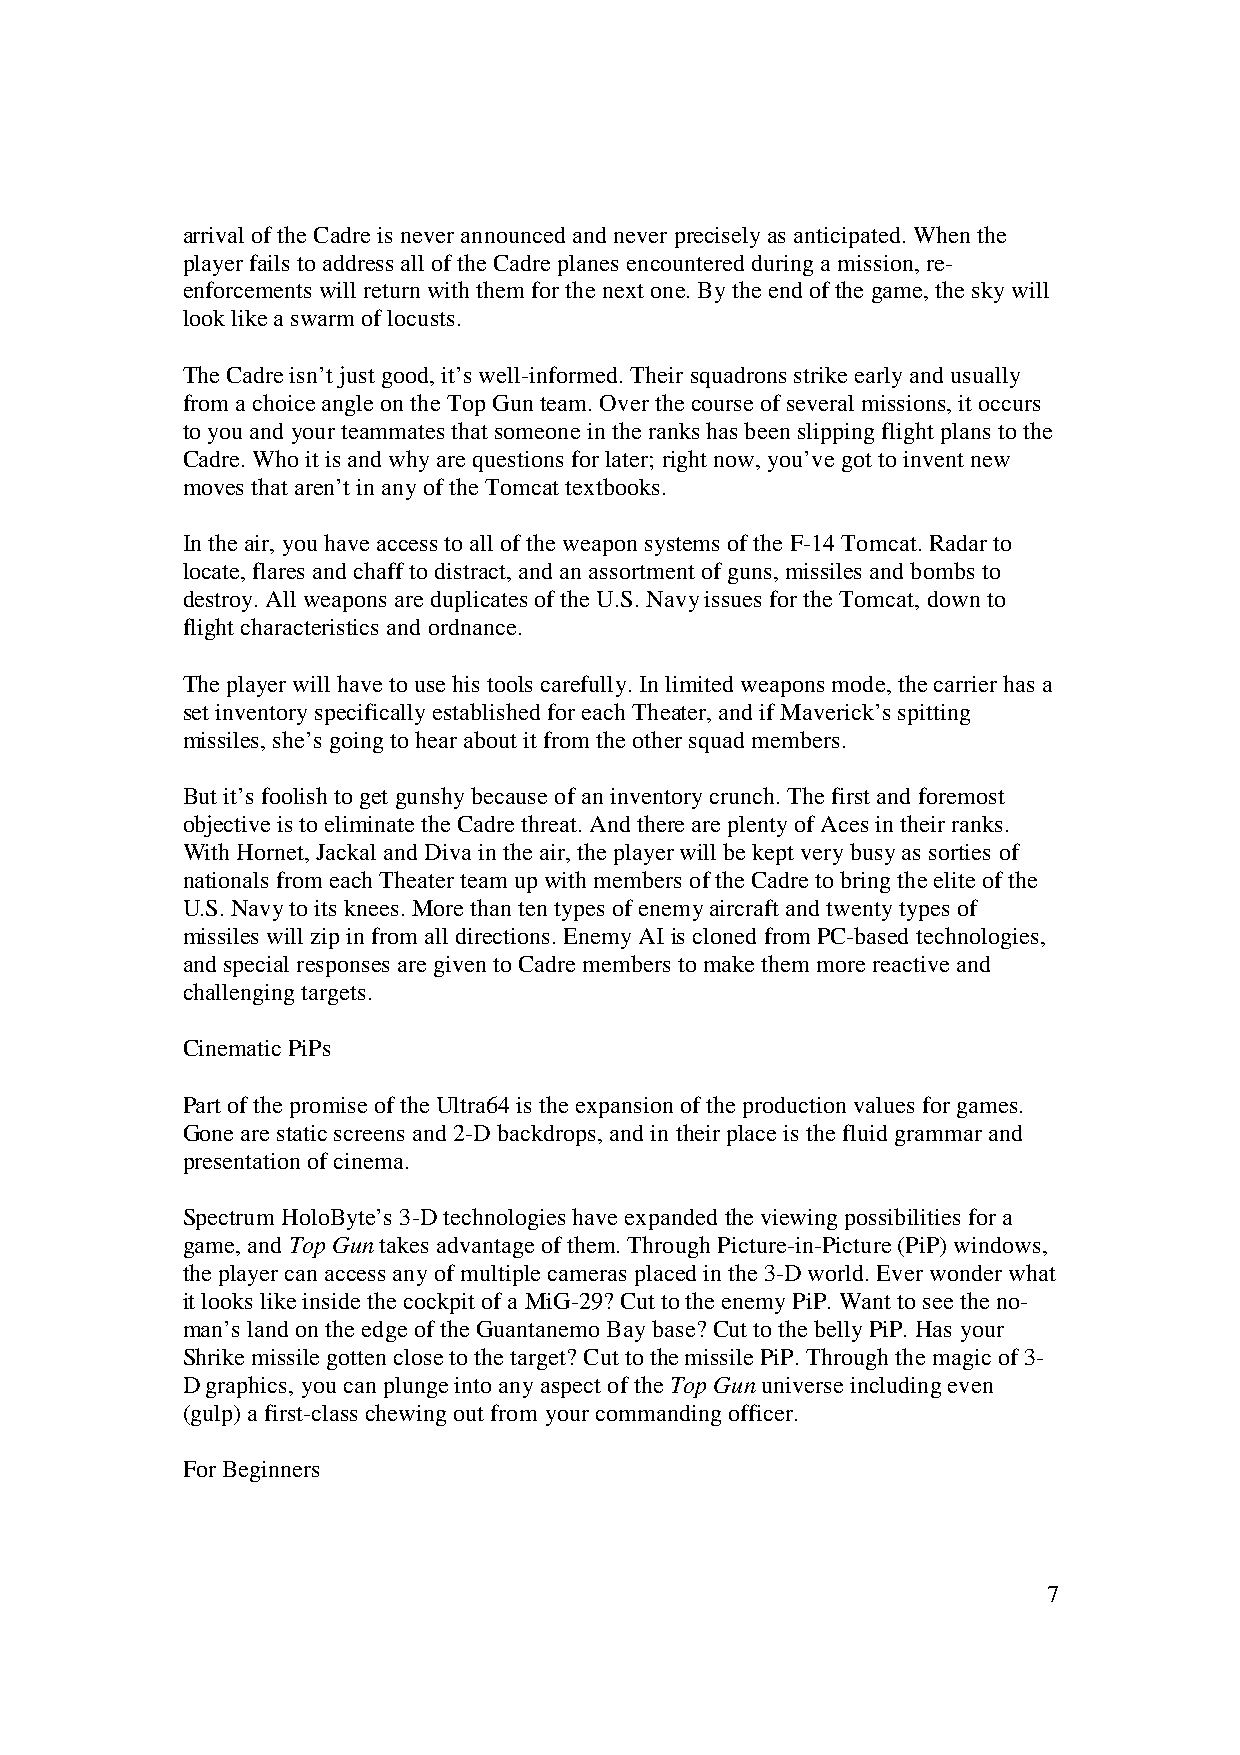
arrival of the Cadre is never announced and never precisely as anticipated. When the
 player fails to address all of the Cadre planes encountered during a mission, re-
 enforcements will return with them for the next one. By the end of the game, the sky will
 look like a swarm of locusts.
 The Cadre isn’t just good, it’s well-informed. Their squadrons strike early and usually
 from a choice angle on the Top Gun team. Over the course of several missions, it occurs
 to you and your teammates that someone in the ranks has been slipping flight plans to the
 Cadre. Who it is and why are questions for later; right now, you’ve got to invent new
 moves that aren’t in any of the Tomcat textbooks.
 In the air, you have access to all of the weapon systems of the F-14 Tomcat. Radar to
 locate, flares and chaff to distract, and an assortment of guns, missiles and bombs to
 destroy. All weapons are duplicates of the U.S. Navy issues for the Tomcat, down to
 flight characteristics and ordnance.
 The player will have to use his tools carefully. In limited weapons mode, the carrier has a
 set inventory specifically established for each Theater, and if Maverick’s spitting
 missiles, she’s going to hear about it from the other squad members.
 But it’s foolish to get gunshy because of an inventory crunch. The first and foremost
 objective is to eliminate the Cadre threat. And there are plenty of Aces in their ranks.
 With Hornet, Jackal and Diva in the air, the player will be kept very busy as sorties of
 nationals from each Theater team up with members of the Cadre to bring the elite of the
 U.S. Navy to its knees. More than ten types of enemy aircraft and twenty types of
 missiles will zip in from all directions. Enemy AI is cloned from PC-based technologies,
 and special responses are given to Cadre members to make them more reactive and
 challenging targets.
 Cinematic PiPs
 Part of the promise of the Ultra64 is the expansion of the production values for games.
 Gone are static screens and 2-D backdrops, and in their place is the fluid grammar and
 presentation of cinema.
 Spectrum HoloByte’s 3-D technologies have expanded the viewing possibilities for a
 game, and Top Gun takes advantage of them. Through Picture-in-Picture (PiP) windows,
 the player can access any of multiple cameras placed in the 3-D world. Ever wonder what
 it looks like inside the cockpit of a MiG-29? Cut to the enemy PiP. Want to see the no-
 man’s land on the edge of the Guantanemo Bay base? Cut to the belly PiP. Has your
 Shrike missile gotten close to the target? Cut to the missile PiP. Through the magic of 3-
 D graphics, you can plunge into any aspect of the Top Gun universe including even
 (gulp) a first-class chewing out from your commanding officer.
 For Beginners
 7